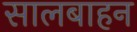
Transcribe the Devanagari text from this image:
सालबाहन